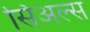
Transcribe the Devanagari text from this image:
सिअल्स